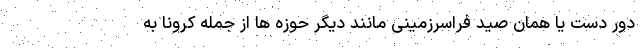
دور دست یا همان صید فراسرزمینی مانند دیگر حوزه ها از جمله کرونا به